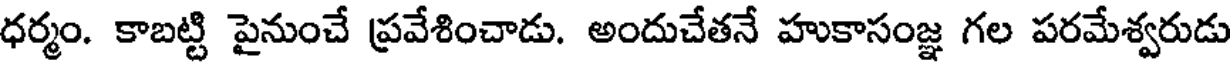
ధర్మం. కాబట్టి పైనుంచే ప్రవేశించాడు. అందుచేతనే హుకాసంజ్ఞ గల పరమేశ్వరుడు